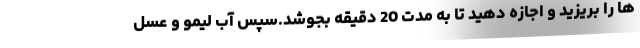
ها را بریزید و اجازه دهید تا به مدت 20 دقیقه بجوشد.سپس آب لیمو و عسل